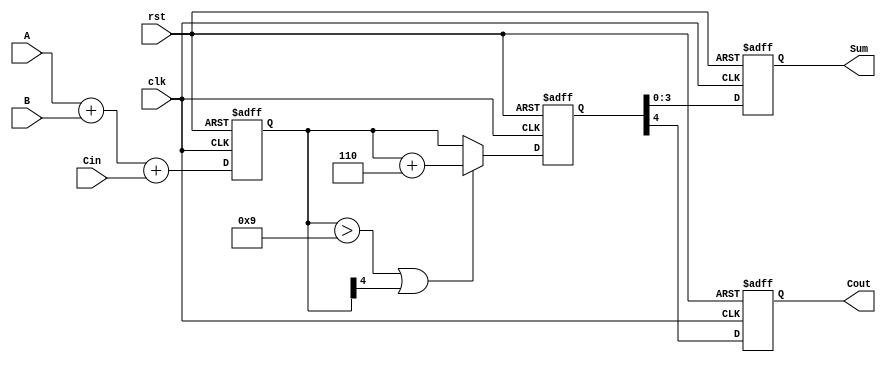
module BCD_Pipelined_Adder (
    input wire [3:0] A,    // BCD digit A
    input wire [3:0] B,    // BCD digit B
    input wire Cin,        // Carry input from previous stage
    input wire clk,        // Clock signal
    input wire rst,        // Reset signal
    output reg [3:0] Sum,  // Corrected BCD result
    output reg Cout        // Carry output
);
    // Intermediate signals
    reg [4:0] raw_sum;      // 5-bit raw sum
    reg correction_needed;   // Flag to indicate if correction is needed
    reg [4:0] corrected_sum; // 5-bit corrected sum

    // Stage 1: BCD Addition
    always @(posedge clk or posedge rst) begin
        if (rst) begin
            raw_sum <= 5'b0;
        end else begin
            raw_sum <= A + B + Cin;
        end
    end

    // Stage 2: BCD Correction Logic
    always @(posedge clk or posedge rst) begin
        if (rst) begin
            correction_needed <= 1'b0;
            corrected_sum <= 5'b0;
        end else begin
            // Check if correction is needed
            if (raw_sum > 9 || raw_sum[4]) begin
                correction_needed <= 1'b1;
                corrected_sum <= raw_sum + 5'b0110; // Add correction factor of 6
            end else begin
                correction_needed <= 1'b0;
                corrected_sum <= raw_sum;
            end
        end
    end

    // Output Stage
    always @(posedge clk or posedge rst) begin
        if (rst) begin
            Sum <= 4'b0;
            Cout <= 1'b0;
        end else begin
            Sum <= corrected_sum[3:0]; // Take the lower 4 bits as the BCD result
            Cout <= corrected_sum[4];   // Take the 5th bit as carry out
        end
    end
endmodule